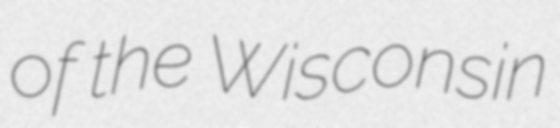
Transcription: of the Wisconsin